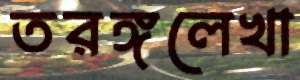
তরঙ্গলেখা